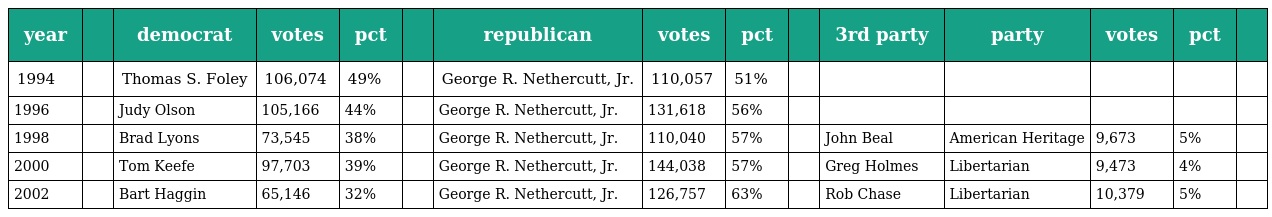
| year |  | democrat | votes | pct |  | republican | votes | pct |  | 3rd party | party | votes | pct |  |
 | --- | --- | --- | --- | --- | --- | --- | --- | --- | --- | --- | --- | --- | --- | --- |
 | 1994 |  | Thomas S. Foley | 106,074 | 49% |  | George R. Nethercutt, Jr. | 110,057 | 51% |  |  |  |  |  |  |
 | 1996 |  | Judy Olson | 105,166 | 44% |  | George R. Nethercutt, Jr. | 131,618 | 56% |  |  |  |  |  |  |
 | 1998 |  | Brad Lyons | 73,545 | 38% |  | George R. Nethercutt, Jr. | 110,040 | 57% |  | John Beal | American Heritage | 9,673 | 5% |  |
 | 2000 |  | Tom Keefe | 97,703 | 39% |  | George R. Nethercutt, Jr. | 144,038 | 57% |  | Greg Holmes | Libertarian | 9,473 | 4% |  |
 | 2002 |  | Bart Haggin | 65,146 | 32% |  | George R. Nethercutt, Jr. | 126,757 | 63% |  | Rob Chase | Libertarian | 10,379 | 5% |  |